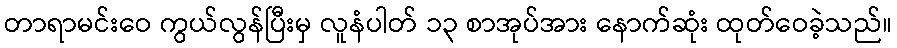
တာရာမင်းဝေ ကွယ်လွန်ပြီးမှ လူနံပါတ် ၁၃ စာအုပ်အား နောက်ဆုံး ထုတ်ဝေခဲ့သည်။